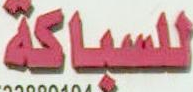
للسباكة